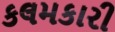
કલમકારી